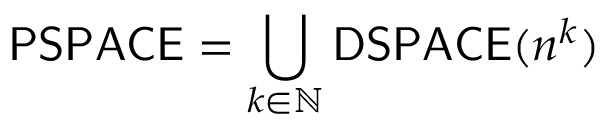
{ \mathsf { P S P A C E } } = \bigcup _ { k \in \mathbb { N } } { \mathsf { D S P A C E } } ( n ^ { k } )